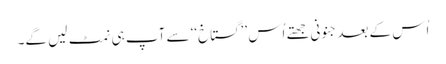
اُس کے بعد جنونی جھتے اُس ’’گستاخ‘‘ سے آپ ہی نمٹ لیں گے۔